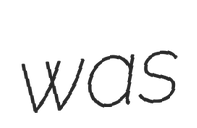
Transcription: was